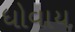
ધોવાય